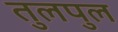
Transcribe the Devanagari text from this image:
तुलपुल